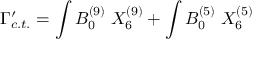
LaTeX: \Gamma _ { c . t . } ^ { \prime } = \int B _ { 0 } ^ { ( 9 ) } \; X _ { 6 } ^ { ( 9 ) } + \int B _ { 0 } ^ { ( 5 ) } \; X _ { 6 } ^ { ( 5 ) }